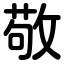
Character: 敬